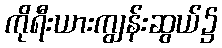
ကိုရီးယားကျွန်းဆွယ်၌